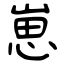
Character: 崽